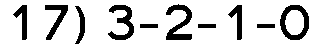
17) 3-2-1-0